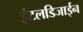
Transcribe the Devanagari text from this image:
ईटलडिजाईन